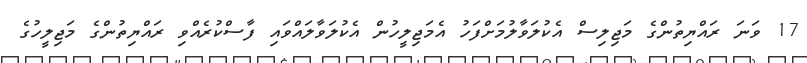
17 ވަނަ ރައްޔިތުންގެ މަޖިލިސް އެކުލަވާލުމަށްފަހު އެމަޖިލީހުން އެކުލަވާލައްވައި ފާސްކުރެއްވި ރައްޔިތުންގެ މަޖިލީހުގެ